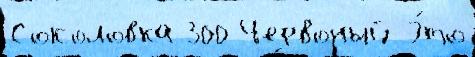
Соколовка 300 Червоный Э́то